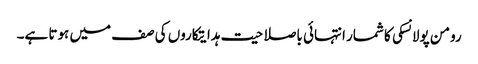
رومن پولانسکی کا شمار انتہائی باصلاحیت ہدایتکاروں کی صف میں ہوتا ہے۔